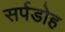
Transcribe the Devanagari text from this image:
सर्पडोह